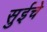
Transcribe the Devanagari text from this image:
सुईचे